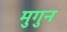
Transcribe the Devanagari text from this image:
मुगुन